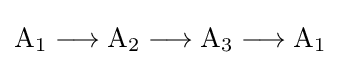
{\mathrm {A} {\vphantom {A}}_{\smash[{t}]{1}}{}\mathrel {\longrightarrow } {}\mathrm {A} {\vphantom {A}}_{\smash[{t}]{2}}{}\mathrel {\longrightarrow } {}\mathrm {A} {\vphantom {A}}_{\smash[{t}]{3}}{}\mathrel {\longrightarrow } {}\mathrm {A} {\vphantom {A}}_{\smash[{t}]{1}}}